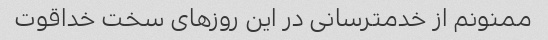
ممنونم از خدمترسانی در این روزهای سخت خداقوت